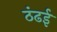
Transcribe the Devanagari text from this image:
ठंढई